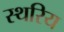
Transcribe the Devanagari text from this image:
स्थरिय